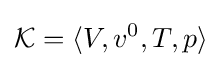
{\mathcal {K}}=\langle V,v^{0},T,p\rangle